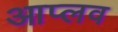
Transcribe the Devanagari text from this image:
आप्लव